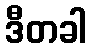
ဒီတခါ